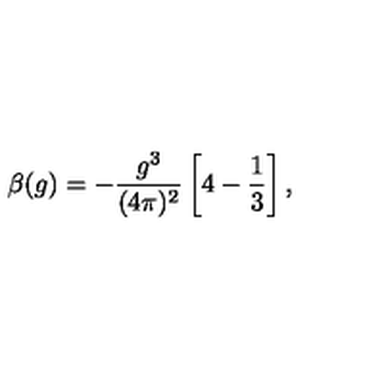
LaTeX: \beta ( g ) = - \frac { g ^ { 3 } } { ( 4 \pi ) ^ { 2 } } \left[ 4 - \frac 1 3 \right] ,